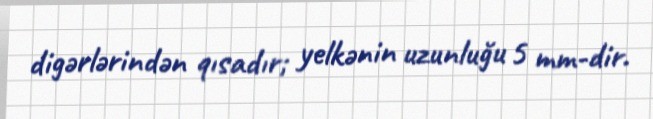
digərlərindən qısadır; yelkənin uzunluğu 5 mm-dir.